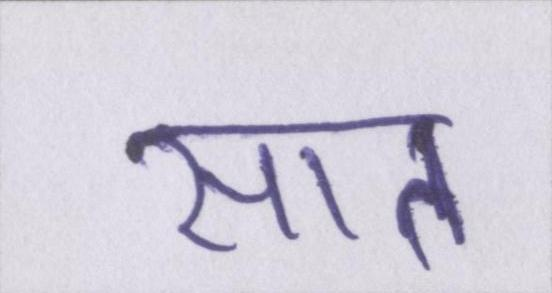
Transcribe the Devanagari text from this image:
सात